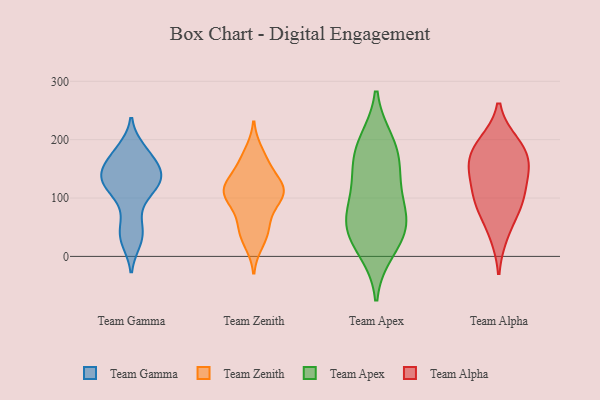
{"axis": {"x": "Page Views", "y": "Value"}, "legend": ["Team Alpha", "Team Apex", "Team Gamma", "Team Zenith"], "data": [{"x": "", "y": 113, "type": "Team Gamma"}, {"x": "", "y": 35, "type": "Team Gamma"}, {"x": "", "y": 125, "type": "Team Gamma"}, {"x": "", "y": 144, "type": "Team Gamma"}, {"x": "", "y": 26, "type": "Team Gamma"}, {"x": "", "y": 105, "type": "Team Gamma"}, {"x": "", "y": 161, "type": "Team Gamma"}, {"x": "", "y": 137, "type": "Team Gamma"}, {"x": "", "y": 146, "type": "Team Gamma"}, {"x": "", "y": 184, "type": "Team Gamma"}, {"x": "", "y": 133, "type": "Team Gamma"}, {"x": "", "y": 58, "type": "Team Gamma"}, {"x": "", "y": 178, "type": "Team Gamma"}, {"x": "", "y": 24, "type": "Team Zenith"}, {"x": "", "y": 123, "type": "Team Zenith"}, {"x": "", "y": 58, "type": "Team Zenith"}, {"x": "", "y": 99, "type": "Team Zenith"}, {"x": "", "y": 108, "type": "Team Zenith"}, {"x": "", "y": 96, "type": "Team Zenith"}, {"x": "", "y": 110, "type": "Team Zenith"}, {"x": "", "y": 141, "type": "Team Zenith"}, {"x": "", "y": 106, "type": "Team Zenith"}, {"x": "", "y": 117, "type": "Team Zenith"}, {"x": "", "y": 156, "type": "Team Zenith"}, {"x": "", "y": 35, "type": "Team Zenith"}, {"x": "", "y": 170, "type": "Team Zenith"}, {"x": "", "y": 116, "type": "Team Zenith"}, {"x": "", "y": 62, "type": "Team Zenith"}, {"x": "", "y": 40, "type": "Team Zenith"}, {"x": "", "y": 114, "type": "Team Zenith"}, {"x": "", "y": 178, "type": "Team Zenith"}, {"x": "", "y": 12, "type": "Team Apex"}, {"x": "", "y": 136, "type": "Team Apex"}, {"x": "", "y": 195, "type": "Team Apex"}, {"x": "", "y": 103, "type": "Team Apex"}, {"x": "", "y": 62, "type": "Team Apex"}, {"x": "", "y": 51, "type": "Team Apex"}, {"x": "", "y": 35, "type": "Team Apex"}, {"x": "", "y": 186, "type": "Team Apex"}, {"x": "", "y": 65, "type": "Team Apex"}, {"x": "", "y": 161, "type": "Team Apex"}, {"x": "", "y": 91, "type": "Team Alpha"}, {"x": "", "y": 190, "type": "Team Alpha"}, {"x": "", "y": 142, "type": "Team Alpha"}, {"x": "", "y": 140, "type": "Team Alpha"}, {"x": "", "y": 93, "type": "Team Alpha"}, {"x": "", "y": 38, "type": "Team Alpha"}, {"x": "", "y": 194, "type": "Team Alpha"}, {"x": "", "y": 157, "type": "Team Alpha"}, {"x": "", "y": 92, "type": "Team Alpha"}, {"x": "", "y": 173, "type": "Team Alpha"}]}